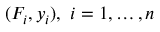
( F _ { i } , y _ { i } ) , \ i = 1 , \dots , n